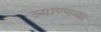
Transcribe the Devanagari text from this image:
त्र्याण्णव्या